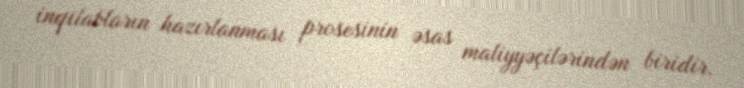
inqilabların hazırlanması prosesinin əsas maliyyəçilərindən biridir.